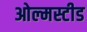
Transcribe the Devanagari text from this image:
ओल्मस्टीड